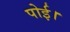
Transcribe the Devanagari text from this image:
पोई।